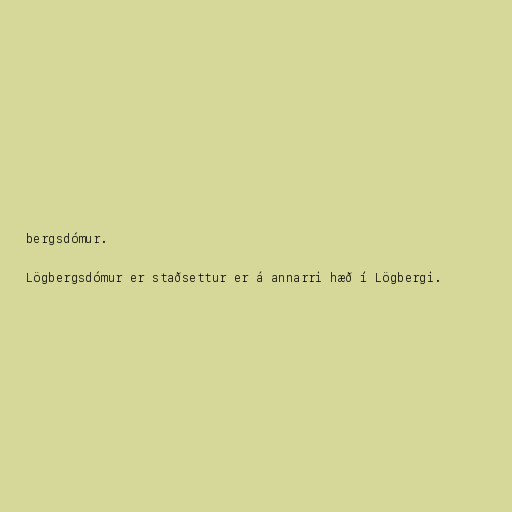
bergsdómur.

Lögbergsdómur er staðsettur er á annarri hæð í Lögbergi.